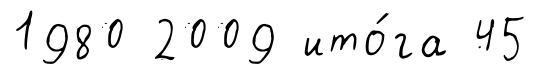
1980 2009 ито́га 45